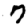
Digit: 7